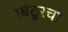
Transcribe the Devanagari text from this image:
बिठूरचा